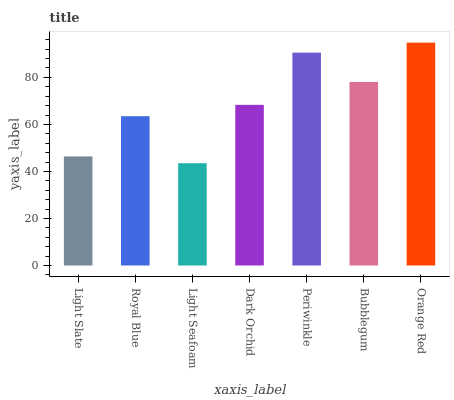
| xaxis_label | bars |
 | --- | --- |
 | Light Slate | 46.4 |
 | Royal Blue | 63.5 |
 | Light Seafoam | 43.5 |
 | Dark Orchid | 68.3 |
 | Periwinkle | 90.5 |
 | Bubblegum | 78.1 |
 | Orange Red | 94.8 |